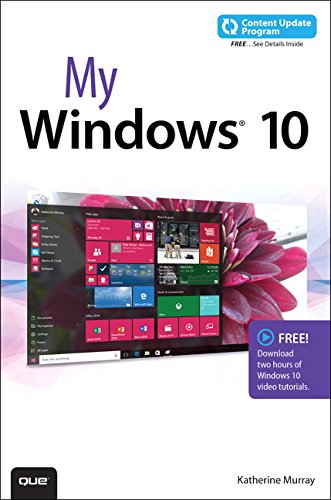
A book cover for My Windows 10 (includes video and Content Update Program); Katherine Murray; Computers & Technology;